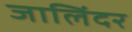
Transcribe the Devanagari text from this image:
जालिंदर